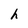
Character: h